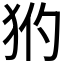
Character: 𤝧